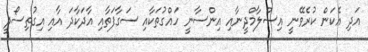
އަދި އެކަން ކުރެވޭނީ އިސްލާމްދީނާއި އިންސާނީ ހައްގުތަކާއި ސަގާފަތާއި އާދަކާދަ އާއި އިގުތިސޯދީ